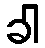
ခါ